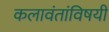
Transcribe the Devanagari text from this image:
कलावंतांविषयी